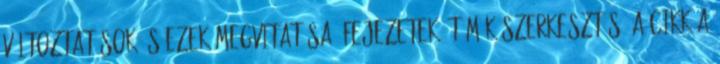
változtatások és ezek megvitatása: Fejezetek, témák szerkesztés A cikk a